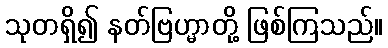
သုတရှိ၍ နတ်ဗြဟ္မာတို့ ဖြစ်ကြသည်။